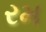
રમ